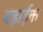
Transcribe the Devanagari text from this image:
बड़ाईक